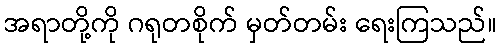
အရာတို့ကို ဂရုတစိုက် မှတ်တမ်း ရေးကြသည်။